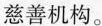
慈善机构。